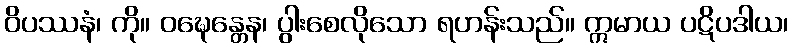
ဝိပဿနံ၊ ကို။ ဝဍ္ဎေန္တေန၊ ပွါးစေလိုသော ရဟန်းသည်။ ဣမာယ ပဋိပဒါယ၊